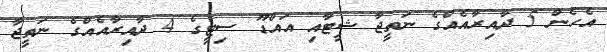
އެހެން 5 ދާއިރާއެއްގެ ނަތީޖާ ޝީޓާއި އައްޑޫ ސިޓީގެ 4 ދާއިރާއެއްގެ ނަތީޖާ